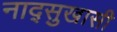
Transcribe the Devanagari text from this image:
नाद्सुखासी